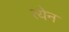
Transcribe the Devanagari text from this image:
त्येन